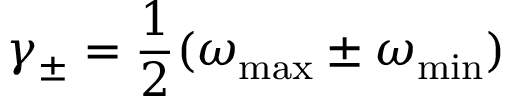
\gamma _ { \pm } = \frac { 1 } { 2 } ( \omega _ { \mathrm { m a x } } \pm \omega _ { \mathrm { m i n } } )